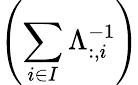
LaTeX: \left(\sum_{i\in I}{\Lambda_{:,i}^{-1}}\right)